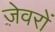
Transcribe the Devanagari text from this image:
जे़वरों